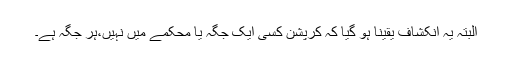
البتہ یہ انکشاف یقینا ہو گیا کہ کرپشن کسی ایک جگہ یا محکمے میں نہیں،ہر جگہ ہے۔